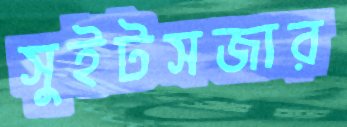
সুইটসজার